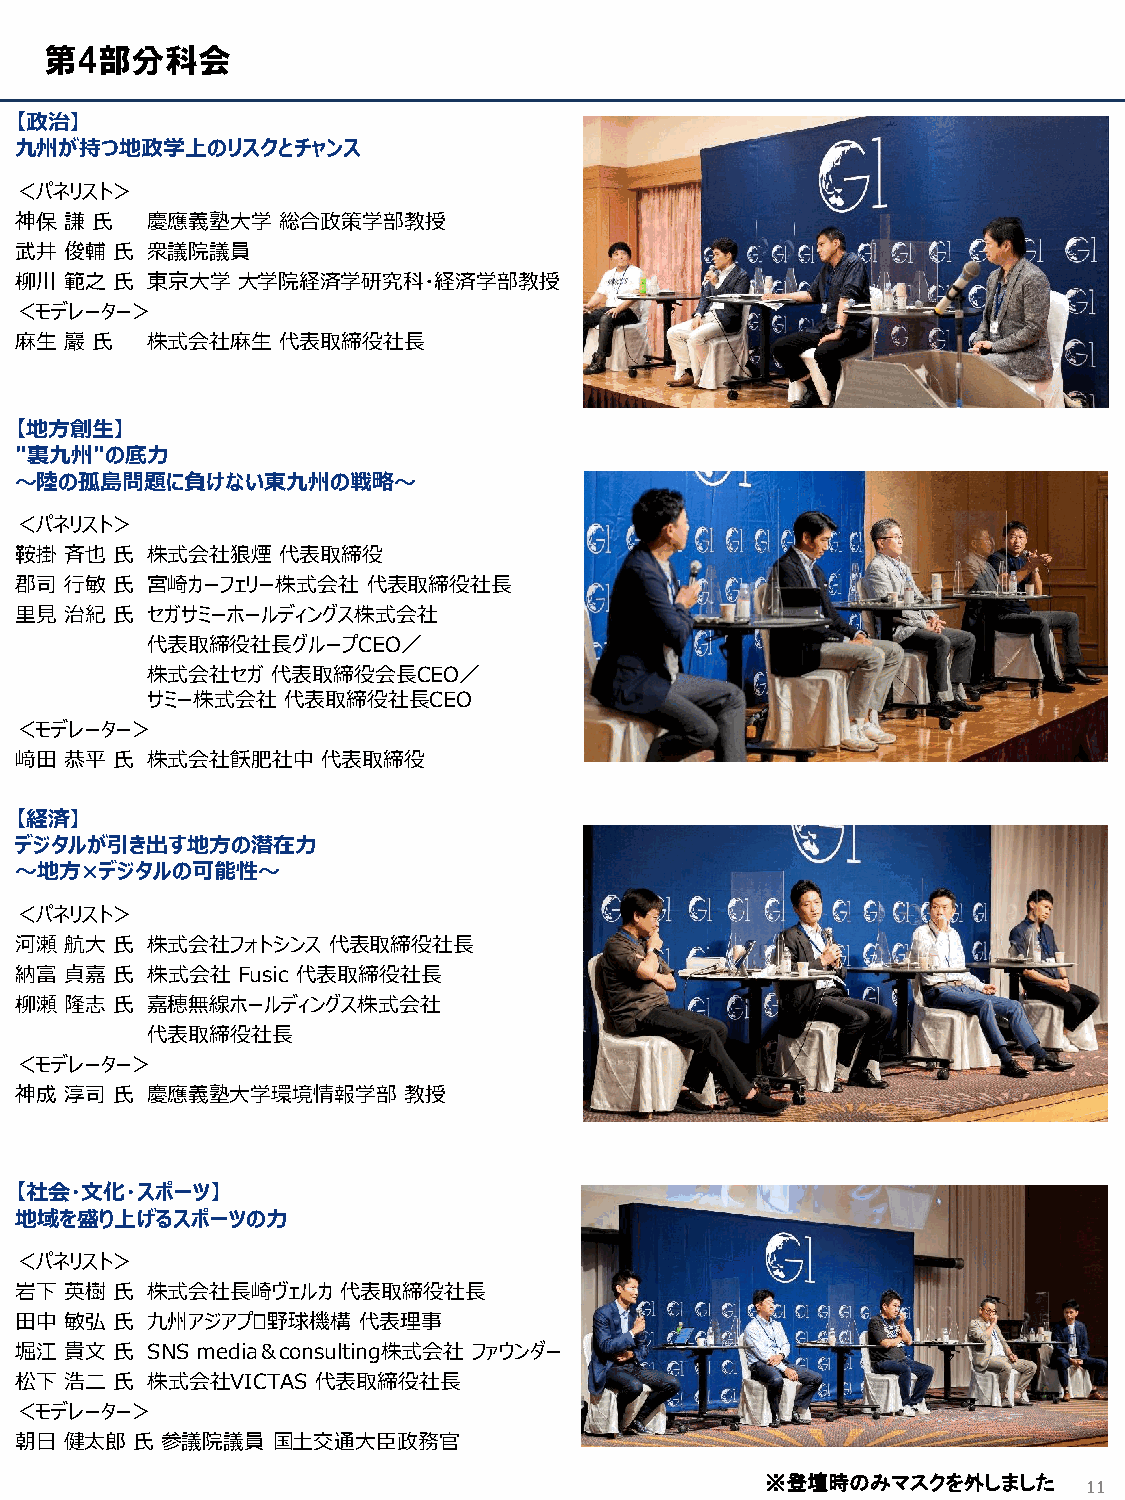
第4部分科会
 【政治】
 九州が持つ地政学上のリスクとチャンス
 ＜パネリスト＞
 神保 謙 氏   慶應義塾大学  総合政策学部教授
 武井 俊輔 氏  衆議院議員
 柳川 範之 氏  東京大学  大学院経済学研究科・経済学部教授
 ＜モデレーター＞
 麻生 巖 氏   株式会社麻生  代表取締役社長
 【地方創生】
 "裏九州"の底力
 ～陸の孤島問題に負けない東九州の戦略～
 ＜パネリスト＞
 鞍掛 斉也 氏  株式会社狼煙  代表取締役
 郡司 行敏 氏  宮崎カーフェリー株式会社  代表取締役社長
 里見 治紀 氏  セガサミーホールディングス株式会社
 代表取締役社長グループCEO／
 株式会社セガ  代表取締役会長CEO／
 サミー株式会社  代表取締役社長CEO
 ＜モデレーター＞
 﨑田 恭平 氏  株式会社飫肥社中   代表取締役
 【経済】
 デジタルが引き出す地方の潜在力
 ～地方×デジタルの可能性～
 ＜パネリスト＞
 河瀬 航大 氏  株式会社フォトシンス  代表取締役社長
 納富 貞嘉 氏  株式会社  Fusic 代表取締役社長
 柳瀬 隆志 氏  嘉穂無線ホールディングス株式会社
 代表取締役社長
 ＜モデレーター＞
 神成 淳司 氏  慶應義塾大学環境情報学部     教授
 【社会・文化・スポーツ】
 地域を盛り上げるスポーツの力
 ＜パネリスト＞
 岩下 英樹 氏  株式会社長崎ヴェルカ   代表取締役社長
 田中 敏弘 氏  九州アジアプロ野球機構   代表理事
 堀江 貴文 氏  SNS media＆consulting株式会社 ファウンダー
 松下 浩二 氏  株式会社VICTAS 代表取締役社長
 ＜モデレーター＞
 朝日 健太郎  氏 参議院議員  国土交通大臣政務官
 ※登壇時のみマスクを外しました
 11